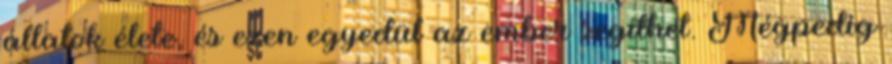
állatok élete, és ezen egyedül az ember segíthet. Mégpedig